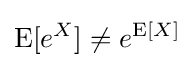
\operatorname {E} [e^{X}]\neq e^{\operatorname {E} [X]}